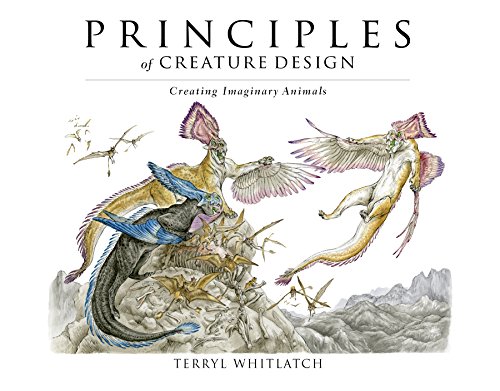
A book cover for Principles of Creature Design: creating imaginary animals; Terryl Whitlatch; Arts & Photography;